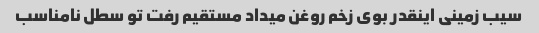
سیب زمینی اینقدر بوی زخم روغن میداد مستقیم رفت تو سطل نامناسب